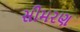
સીમરણ